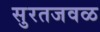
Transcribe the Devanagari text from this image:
सुरतजवळ